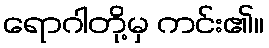
ရောဂါတို့မှ ကင်း၏။